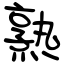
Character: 熟